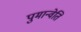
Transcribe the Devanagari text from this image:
पुमान्वेति